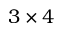
3 \times 4